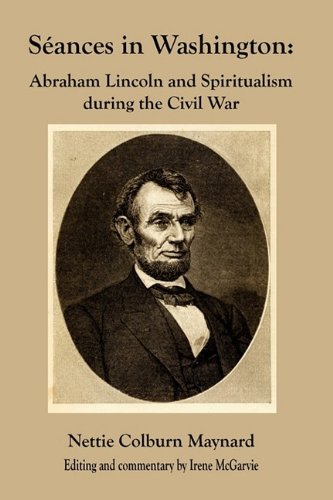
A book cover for Seances in Washington: Abraham Lincoln and Spiritualism During the Civil War; Nettie Colburn Maynard; Religion & Spirituality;